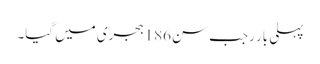
پہلی بار رجب سن186ہجری میں گیا۔